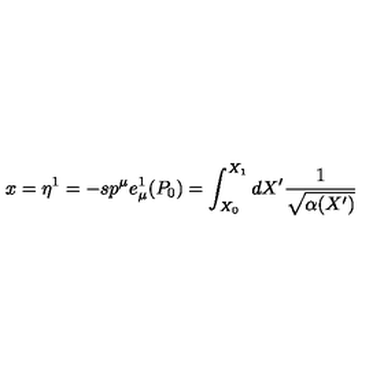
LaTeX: x = \eta ^ { 1 } = - s p ^ { \mu } e _ { \mu } ^ { 1 } ( P _ { 0 } ) = \int _ { X _ { 0 } } ^ { X _ { 1 } } d X ^ { \prime } \frac { 1 } { \sqrt { \alpha ( X ^ { \prime } ) } }